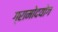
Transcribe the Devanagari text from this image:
ग्रामोदयोग